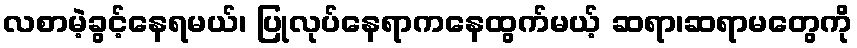
လစာမဲ့ခွင့်နေရမယ်၊ ပြုလုပ်နေရာကနေထွက်မယ့် ဆရာ၊ဆရာမတွေကို